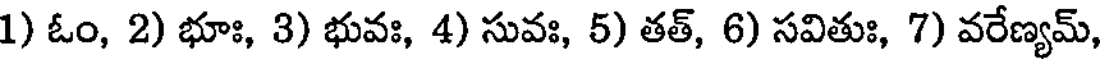
1) ఓం, 2) భూః, 3) భువః, 4) సువః, 5) తత్, 6) సవితుః, 7) వరేణ్యమ్,